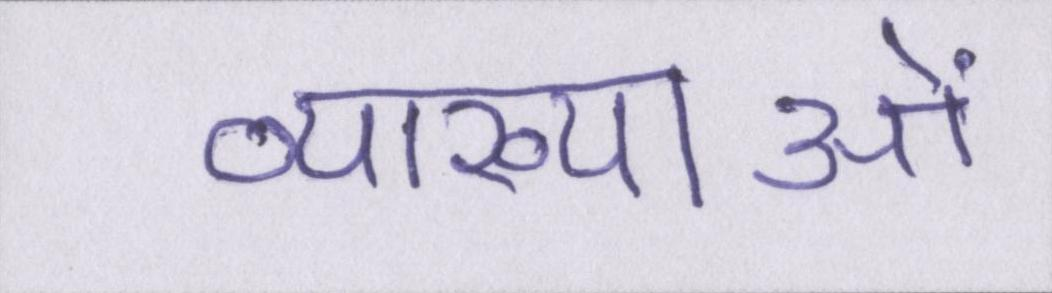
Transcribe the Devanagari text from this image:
व्याख्याओं